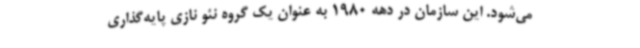
می‌شود. این سازمان در دهه 1980 به عنوان یک گروه نئو نازی پایه‌گذاری